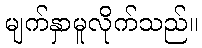
မျက်နှာမူလိုက်သည်။